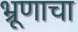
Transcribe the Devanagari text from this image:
भ्रूणाचा